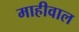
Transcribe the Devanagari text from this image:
माहीवाल